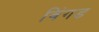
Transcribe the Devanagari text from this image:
विंगड